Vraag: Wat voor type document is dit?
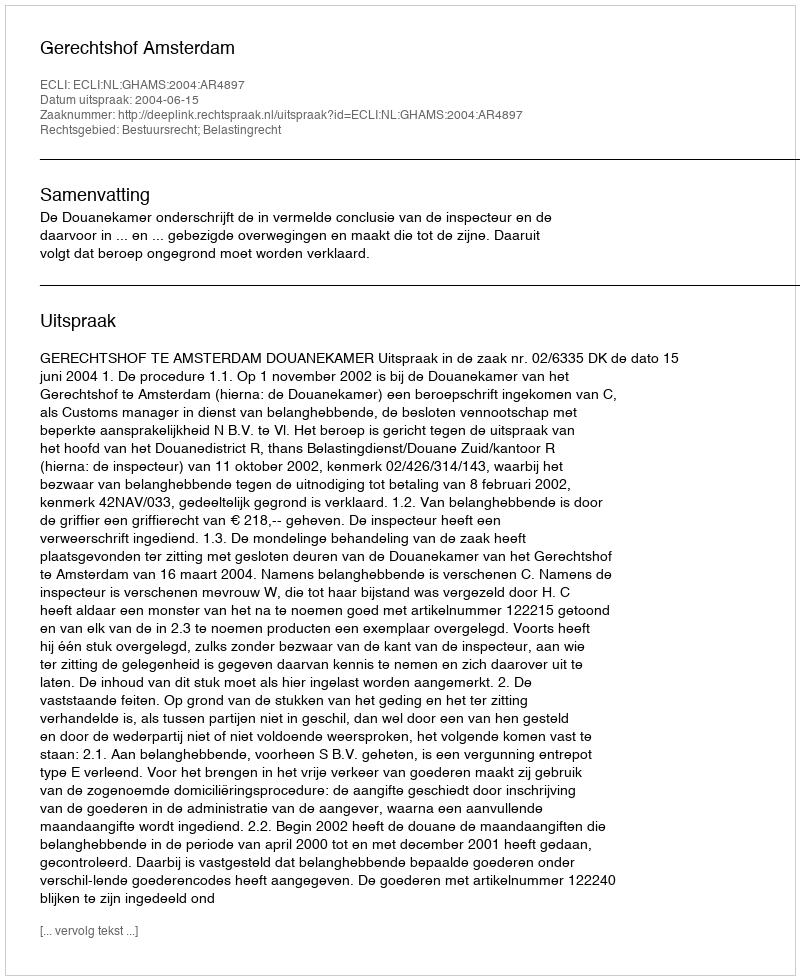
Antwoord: Uitspraak